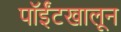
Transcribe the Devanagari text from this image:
पॉईंटखालून